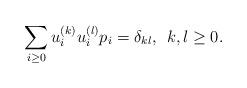
LaTeX: \begin{align*}\sum_{i\geq 0}u_i^{(k)}u_i^{(l)}p_i = \delta_{kl},\>\>k,l\geq 0.\end{align*}